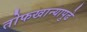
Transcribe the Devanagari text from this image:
तोफखान्यापुढे